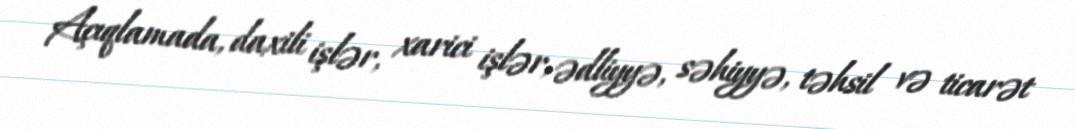
Açıqlamada, daxili işlər, xarici işlər, ədliyyə, səhiyyə, təhsil və ticarət